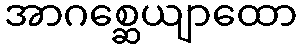
အာဂစ္ဆေယျာထော